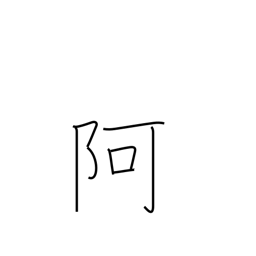
Meaning: nook